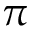
\pi